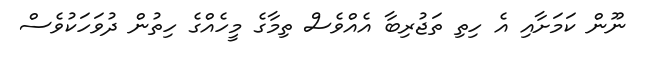
ނޫން ކަމަށާއި އެ ހިތި ތަޖުރިބާ އެއްވެސް ތިމާގެ މީހެއްގެ ހިތުން ދުވަހަކުވެސް